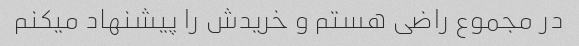
در مجموع راضی هستم و خریدش را پیشنهاد میکنم